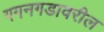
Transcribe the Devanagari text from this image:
गगनगडावरील